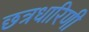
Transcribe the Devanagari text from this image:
छत्रधारिणी